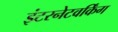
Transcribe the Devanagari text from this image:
इंटरनेटवर्किंग